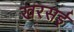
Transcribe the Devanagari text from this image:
खरसई